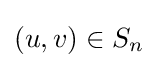
(u,v)\in S_{n}